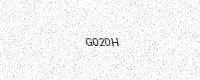
Text: G020H